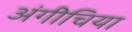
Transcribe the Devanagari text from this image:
अंगीचिया